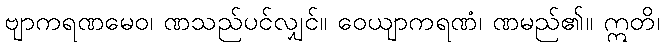
ဗျာကရဏမေဝ၊ ဏသည်ပင်လျှင်။ ဝေယျာကရဏံ၊ ဏမည်၏။ ဣတိ၊